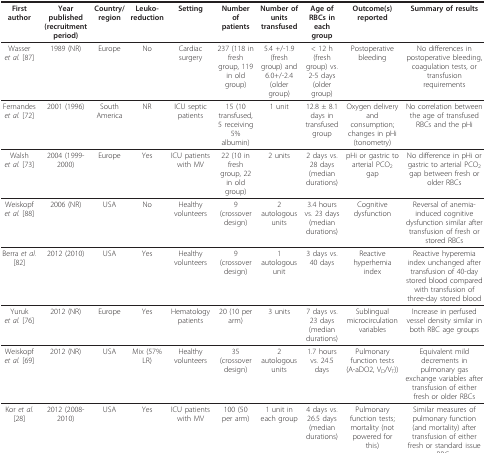
| First author | Year published (recruitment period) | Country/region | Leuko-reduction | Setting | Number of patients | Number of units transfused | Age of RBCs in each group | Outcome(s) reported | Summary of results |
 | --- | --- | --- | --- | --- | --- | --- | --- | --- | --- |
 | Wasser et al. [87] | 1989 (NR) | Europe | No | Cardiac surgery | 237 (118 in fresh group, 119 in old group) | 5.4 +/-1.9 (fresh group) and 6.0+/-2.4 (older group) | < 12 h (fresh group) vs. 2-5 days (older group) | Postoperative bleeding | No differences in postoperative bleeding, coagulation tests, or transfusion requirements |
 | Fernandes et al. [72] | 2001 (1996) | South America | NR | ICU septic patients | 15 (10 transfused, 5 receiving 5% albumin) | 1 unit | 12.8 ± 8.1 days in transfused group | Oxygen delivery and consumption; changes in pHi (tonometry) | No correlation between the age of transfused RBCs and the pHi |
 | Walsh et al. [73] | 2004 (1999-2000) | Europe | Yes | ICU patients with MV | 22 (10 in fresh group, 22 in old group) | 2 units | 2 days vs. 28 days (median durations) | pHi or gastric to arterial PCO2 gap | No difference in pHi or gastric to arterial PCO2 gap between fresh or older RBCs |
 | Weiskopf et al. [88] | 2006 (NR) | USA | No | Healthy volunteers | 9 (crossover design) | 2 autologous units | 3.4 hours vs. 23 days (median durations) | Cognitive dysfunction | Reversal of anemia-induced cognitive dysfunction similar after transfusion of fresh or stored RBCs |
 | Berra et al. [82] | 2012 (2010) | USA | Yes | Healthy volunteers | 9 (crossover design) | 1 autologous unit | 3 days vs. 40 days | Reactive hyperhemia index | Reactive hyperemia index unchanged after transfusion of 40-day stored blood compared with transfusion of three-day stored blood |
 | Yuruk et al. [76] | 2012 (NR) | Europe | Yes | Hematology patients | 20 (10 per arm) | 3 units | 7 days vs. 23 days (median durations) | Sublingual microcirculation variables | Increase in perfused vessel density similar in both RBC age groups |
 | Weiskopf et al. [69] | 2012 (NR) | USA | Mix (57% LR) | Healthy volunteers | 35 (crossover design) | 2 autologous units | 1.7 hours vs. 24.5 days | Pulmonary function tests (A-aDO2, VD/VT)) | Equivalent mild decrements in pulmonary gas exchange variables after transfusion of either fresh or older RBCs |
 | Kor et al. [28] | 2012 (2008-2010) | USA | Yes | ICU patients with MV | 100 (50 per arm) | 1 unit in each group | 4 days vs. 26.5 days (median durations) | Pulmonary function tests; mortality (not powered for this) | Similar measures of pulmonary function (and mortality) after transfusion of either fresh or standard issue RBCs |